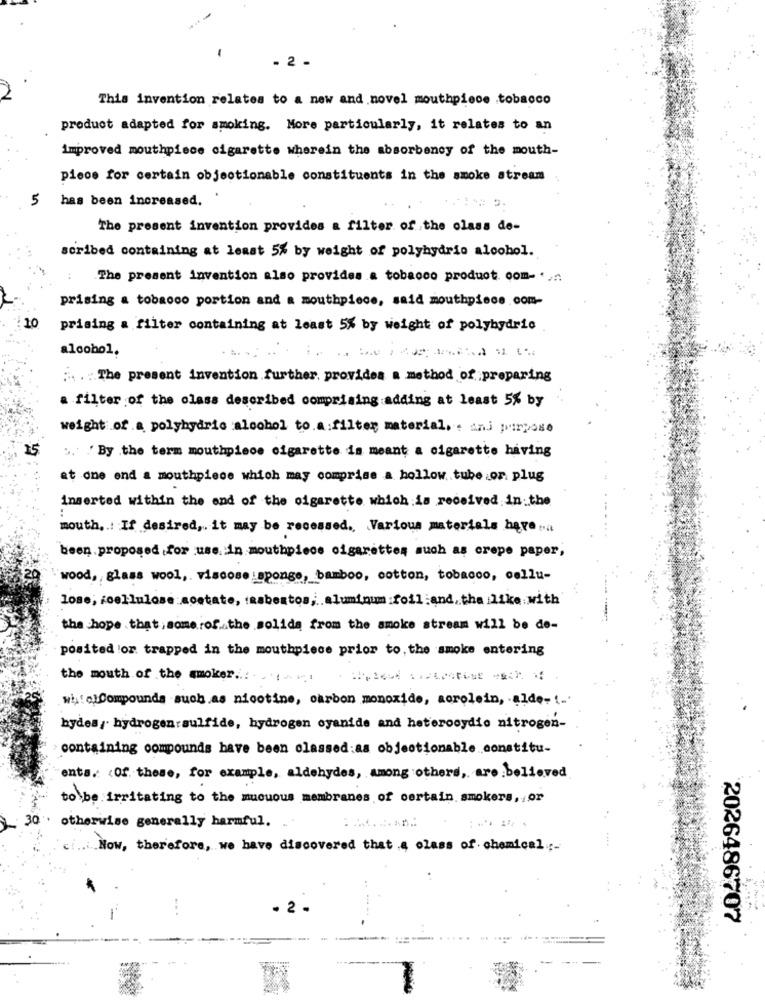
2
This invention relates to a new and novel mouthpiece .tobacco
product adapted for smoking. More particularly, it relates to an
Improved mouthpiece cigarette wherein the absorbency of the mouth-
piece for certain objectionable constituents in the smoke stream
5 has been increased.
The present invention provides a filter of the class de-
scribed containing at least 5% by weight of polyhydrio alcohol.
The present invention also provides a tobacco product. com- ...
prising a tobacco portion and a mouthpiece, said mouthpiece.com-
10
prising a filter containing at least 5% by weight of polyhydric
alcohol.
;. . : The present invention further, provides a method of preparing
a filter of the class described comprising adding at least 5% by
weight of .a polyhydrio alcohol to.a:filter material. . and purpose
15
:. /By the term mouthpiece cigarette is meant a cigarette having
at one end a mouthpiece which may comprise a hollow tube or plug
inserted within the end of the cigarette which is received in the
mouth ,.: If desired ,. it may be recessed. Various materials have ...
been proposed for use. in mouthpiece cigarettes such as crepe paper,
wood, glass wool, viscose sponge, bamboo, cotton, tobacco, cellu-
lose, icellulose sostate, : asbestos, aluminum foil and the like with
the hope that , somerof .. the solida from the smoke stream will be de-
posited'or trapped in the mouthpiece prior to, the smoke entering
the mouth of the smoker ... . ( . ..
wh: alCompounds such as nicotine, carbon monoxide, aorolein, . alde- t ...
bydes, hydrogen sulfide, hydrogen cyanide and heterooydio nitrogen-
>containing compounds have been classed:as objectionable constitu-
enta .: < Of these, for example, aldehydes, among others, are believed
to be irritating to the mucuous membranes of certain smokers, or
30.
otherwise generally harmful.
Now, therefore, we have discovered that a class of chemical :-
...
- 2 .
2026486707